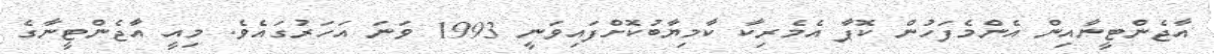
އާޖެންޓީނާއިން އެންމެފަހުން ކޮޕާ އެމެރިކާ ކާމިޔާބުކޮށްފައިވަނީ 1993 ވަނަ އަހަރުގައެވެ. މިއީ އާޖެންޓީނާގެ